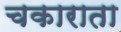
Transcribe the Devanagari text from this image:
चकाराता